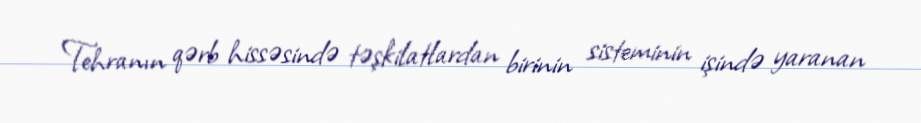
Tehranın qərb hissəsində təşkilatlardan birinin sisteminin işində yaranan